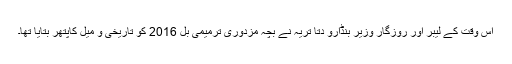
اس وقت کے لیبر اور روزگار وزیر بنڈارو دتا تریہ نے بچہ مزدوری ترمیمی بل 2016 کو تاریخی و میل کاپتھر بتایا تھا۔